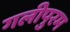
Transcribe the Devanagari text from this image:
गलीपुरम